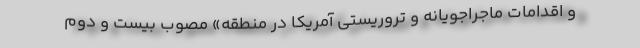
و اقدامات ماجراجویانه و تروریستی آمریکا در منطقه» مصوب بیست و دوم